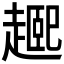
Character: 𬦘